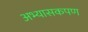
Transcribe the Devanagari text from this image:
अभ्यासकपण